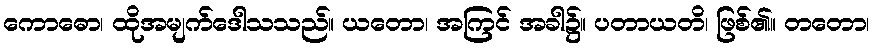
ကောဓော၊ ထိုအမျက်ဒေါသသည်။ ယတော၊ အကြင် အခါ၌။ ပတာယတိ၊ ဖြစ်၏။ တတော၊